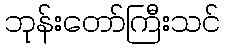
ဘုန်းတော်ကြီးသင်